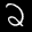
Label: 2